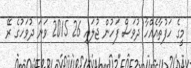
މީގެ ހަފުތާއެއްހާ ދުވަސް ފަހުން ޖުލައި 26 2015 ވަނަ ދުވަހުގެ ރޭ